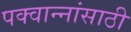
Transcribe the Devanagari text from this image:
पक्वान्नांसाठी